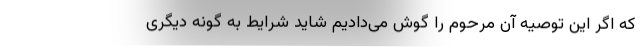
که اگر این توصیه آن مرحوم را گوش می‌دادیم شاید شرایط به گونه دیگری